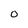
Character: O